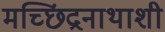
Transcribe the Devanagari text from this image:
मच्छिंद्रनाथाशी